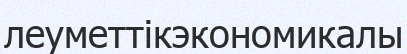
леуметтікэкономикалы